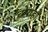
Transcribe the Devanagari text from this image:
चोराहो